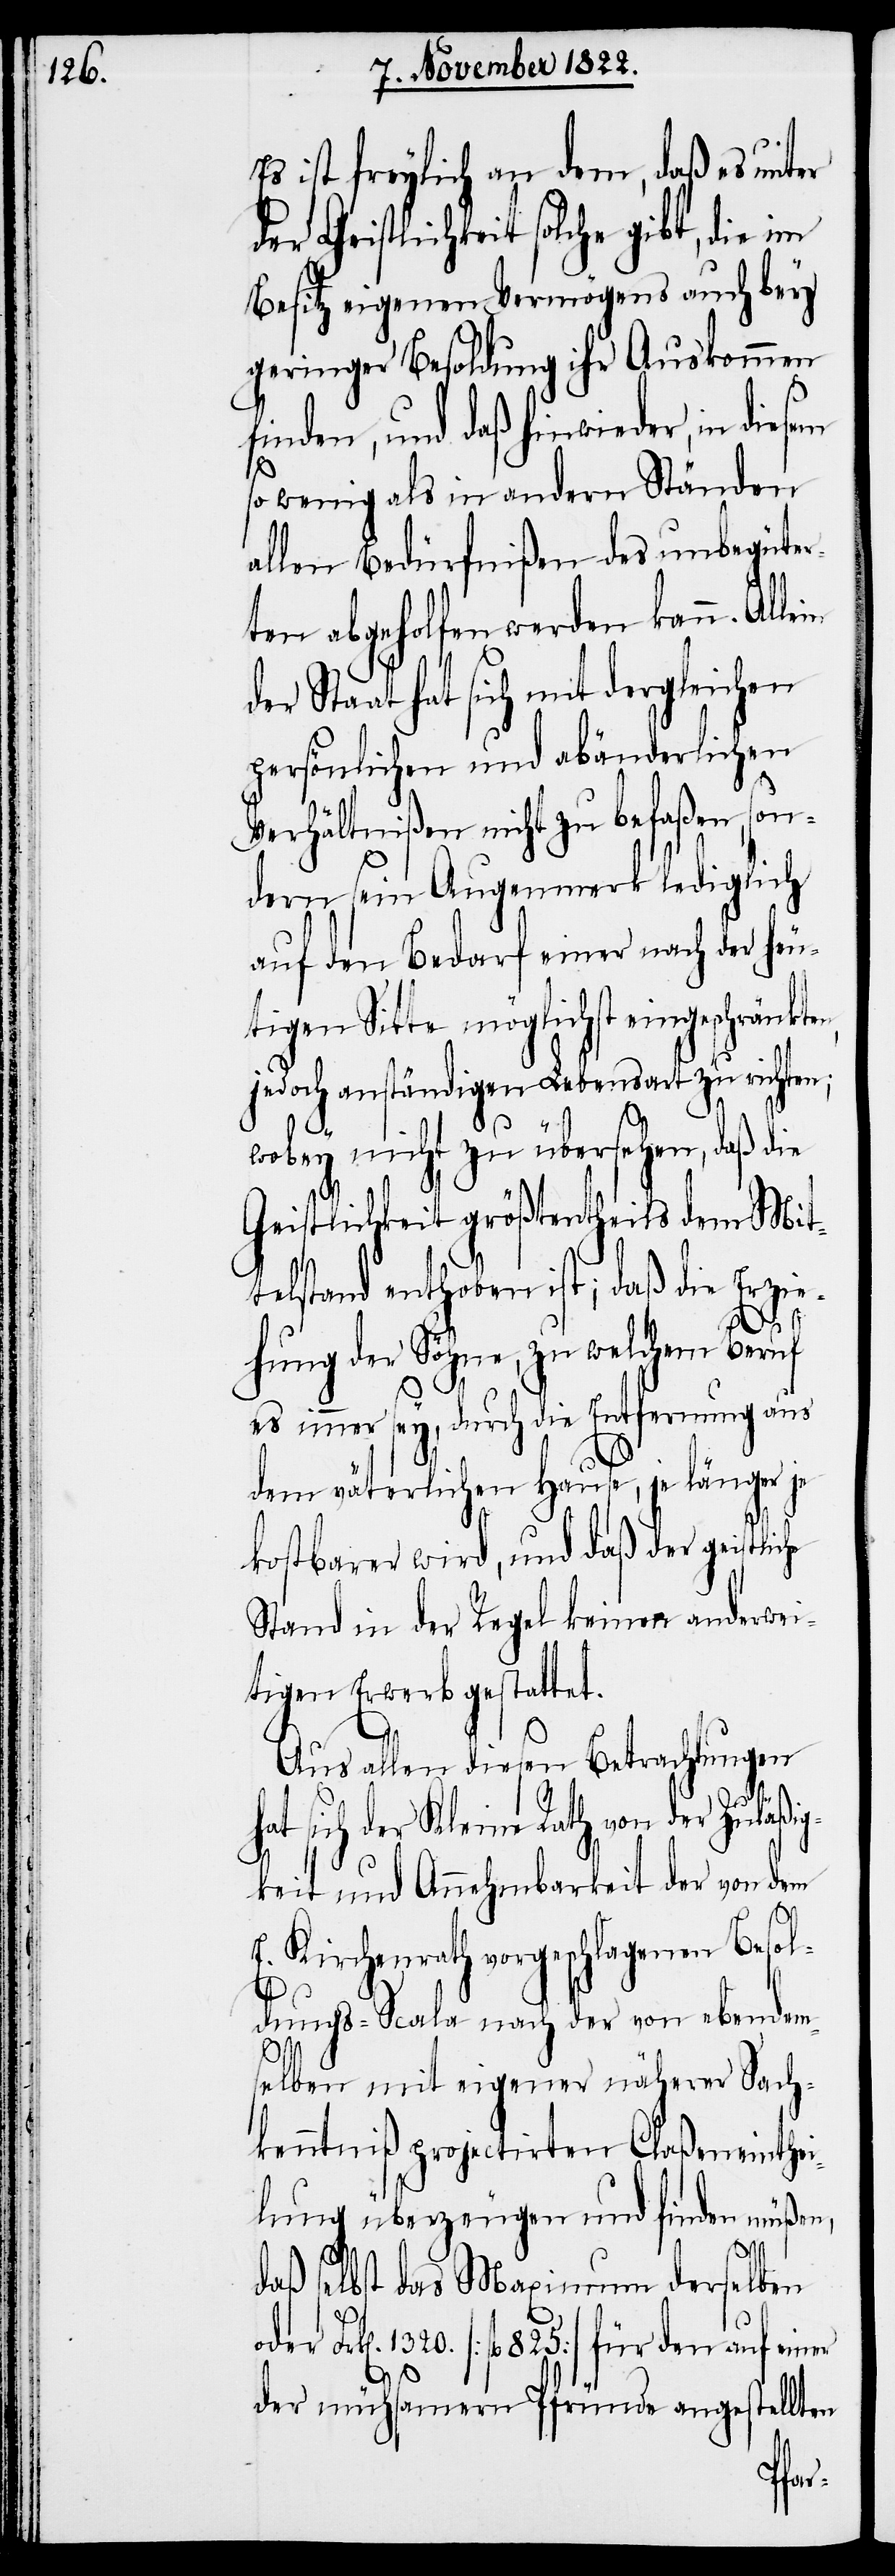
Es ist freylich an dem, daß es unter
der Geistlichkeit solche gibt, die im
Besitz eigenen Vermögens auch bey
geringer Besoldung ihr Auskommen
finden, und daß hinwieder, in diesem
so wenig als in andern Ständen
allen Bedürfnißen des unbegüter¬
ten abgeholfen werden kann. Allein
at hat sich mit dergleichen
persönlichen und abänderlichen
Verhältnißen nicht zu befaßen, son¬
dern sein Augenmerk lediglich
auf den Bedarf einer nach der heu¬
tigen Sitte möglichst eingeschrän¬
jedoch anständigen Lebensart zu richten;
wobey nicht zu übersehen, daß die
Geistlichkeit größtentheils dem Mit¬
telstand enthoben ist; daß die Erzie¬
hung der Söhne, zu welchem Beruf
es immer sey, durch die Entfernung aus
dem väterlichen Hause, je länger je
kostbarer wird, und daß der geistlic¬
Stand in der Regel keinen anderwei¬
tigen Erwerb gestattet.
Aus allen diesen Betrachtungen
he
hat sich der Kleine Rath von der Zuläßig¬
keit und Annehmbarkeit der von dem
E. Kirchenrath vorgeschlagenen Besol¬
dungs-Scala nach der von ebendem¬
selben mit eigener näherer Sach¬
kenntniß projectirten Claßeneinthei¬
lung überzeugen und finden müßen,
daß selbst das Maximum derselben
Frk[en]. 1320. [fl. 825] für den auf einer
der mühsamern Pfründe angestellten
kten,